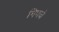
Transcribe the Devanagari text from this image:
मिणचे